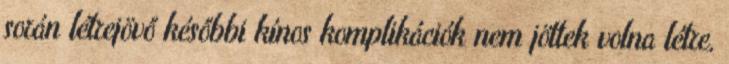
során létrejövő későbbi kínos komplikációk nem jöttek volna létre,